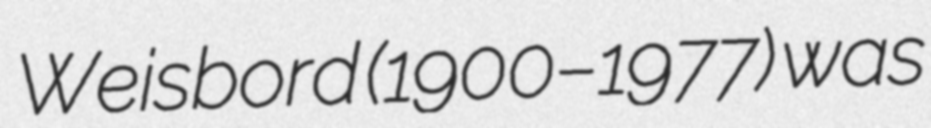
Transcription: Weisbord (1900–1977) was